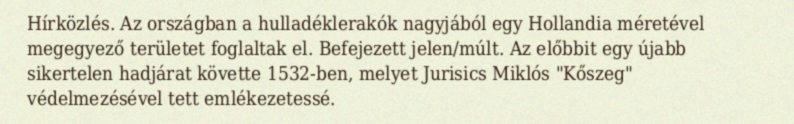
Hírközlés. Az országban a hulladéklerakók nagyjából egy Hollandia méretével megegyező területet foglaltak el. Befejezett jelen/múlt. Az előbbit egy újabb sikertelen hadjárat követte 1532-ben, melyet Jurisics Miklós "Kőszeg" védelmezésével tett emlékezetessé.